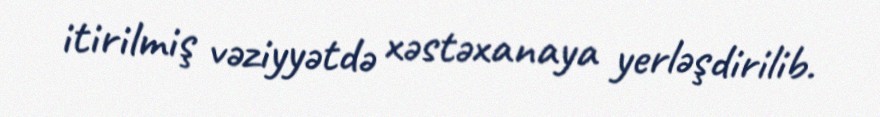
itirilmiş vəziyyətdə xəstəxanaya yerləşdirilib.